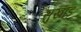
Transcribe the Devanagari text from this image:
सुखाड़